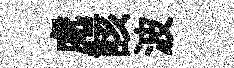
處該波